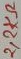
Text: 2,2KΩ